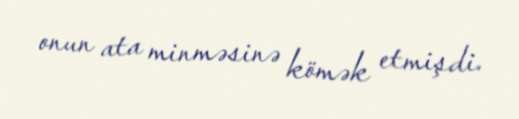
onun ata minməsinə kömək etmişdi.